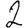
Digit: 2